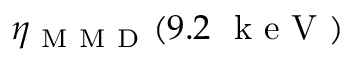
\eta _ { \mathrm { ~ M ~ M ~ D ~ } } ( 9 . 2 ~ \mathrm { ~ k ~ e ~ V ~ } )